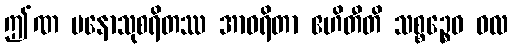
ဤဏ မနောသုစရိတဿ အာဝရိတာ ဧဟိတီတိ သစ္စဉ္စေဝ ဝလ